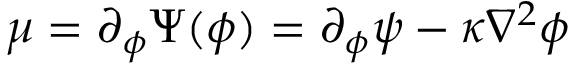
\mu = \partial _ { \phi } \Psi ( \phi ) = \partial _ { \phi } \psi - \kappa \nabla ^ { 2 } \phi